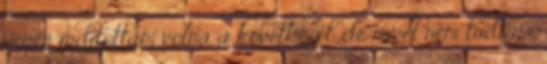
végén indítottam volna a következőt, de mivel nem tudtam,